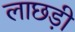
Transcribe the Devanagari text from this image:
लाछड़ी